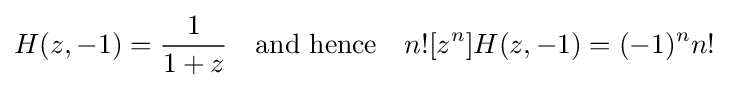
H(z,-1)={\frac {1}{1+z}}\quad {\mbox{and hence}}\quad n![z^{n}]H(z,-1)=(-1)^{n}n!